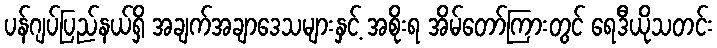
ပန်ဂျပ်ပြည်နယ်ရှိ အချက်အချာဒေသများနှင့် အစိုးရ အိမ်တော်ကြားတွင် ရေဒီယိုသတင်း